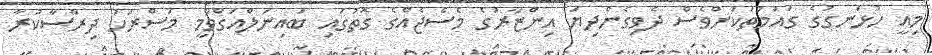
މިއީ ހުޅަނގުގެ ގައުމުތަކަށްވެސް ދެވިގެންދިޔަ އިންޒާރުގެ މެސެޖެއްގެ ގޮތުގައި ބައިނަލްއަގްވާމީ މަސްރަހު ދިރާސާކުރާ